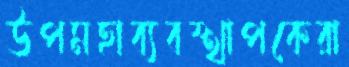
উপমহাব্যবস্থাপকেরা